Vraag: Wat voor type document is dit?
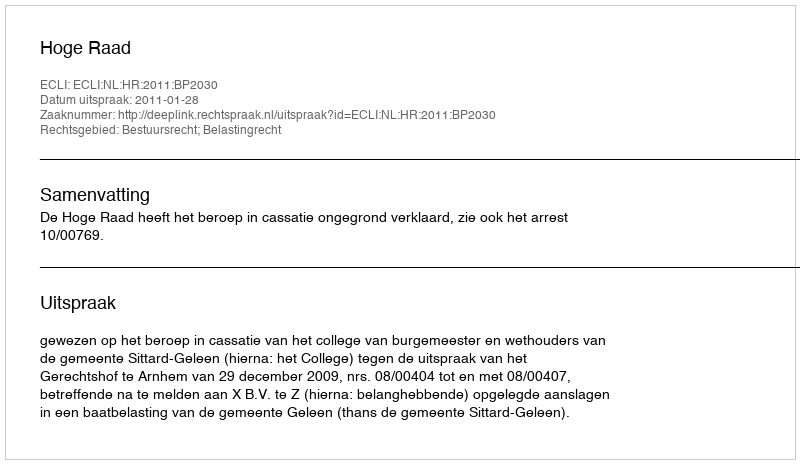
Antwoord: Uitspraak